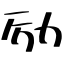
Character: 励